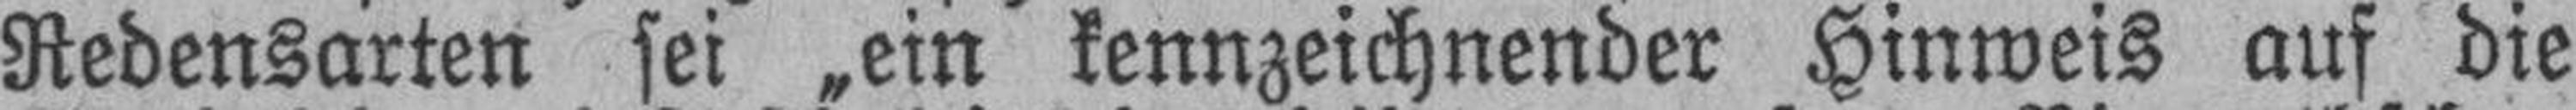
Redensarten sei „ein kennzeichnender Hinweis auf die